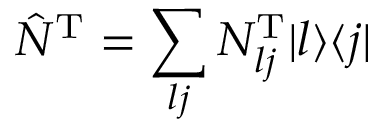
\hat { N } ^ { \mathrm { T } } = \sum _ { l j } N _ { l j } ^ { \mathrm { T } } | l \rangle \langle j |